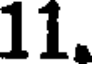
11.